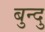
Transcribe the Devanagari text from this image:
बुन्दु